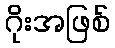
ဂိုးအဖြစ်